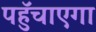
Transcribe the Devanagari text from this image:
पहुॅचाएगा